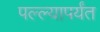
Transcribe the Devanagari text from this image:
पल्ल्यापर्यंत